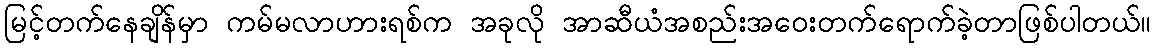
မြင့်တက်နေချိန်မှာ ကမ်မလာဟားရစ်က အခုလို အာဆီယံအစည်းအဝေးတက်ရောက်ခဲ့တာဖြစ်ပါတယ်။